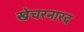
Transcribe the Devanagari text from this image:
खेचरनारद